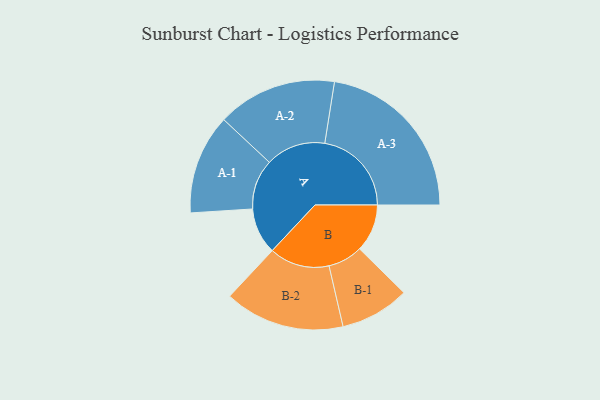
{"axis": {"x": "Segment", "y": "Value"}, "legend": ["", "A", "B"], "data": [{"x": "A", "y": 160, "type": ""}, {"x": "B", "y": 165, "type": ""}, {"x": "A-1", "y": 173, "type": "A"}, {"x": "A-2", "y": 207, "type": "A"}, {"x": "A-3", "y": 300, "type": "A"}, {"x": "B-1", "y": 120, "type": "B"}, {"x": "B-2", "y": 208, "type": "B"}]}